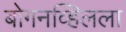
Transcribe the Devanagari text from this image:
बोगनव्हिलला